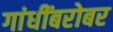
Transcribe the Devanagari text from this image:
गांधींबरोबर